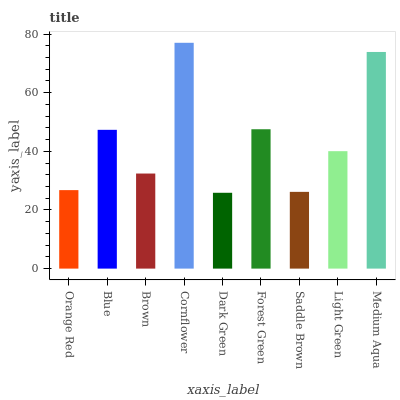
| xaxis_label | bars |
 | --- | --- |
 | Orange Red | 26.8 |
 | Blue | 47.3 |
 | Brown | 32.4 |
 | Cornflower | 77 |
 | Dark Green | 25.9 |
 | Forest Green | 47.5 |
 | Saddle Brown | 26.2 |
 | Light Green | 40.1 |
 | Medium Aqua | 73.9 |